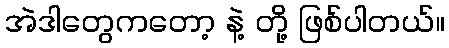
အဲဒါတွေကတော့ နဲ့ တို့ ဖြစ်ပါတယ်။